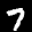
Label: 7